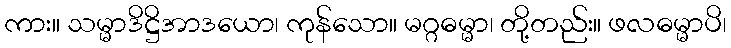
ကား။ သမ္မာဒိဋ္ဌိအာဒယော၊ ကုန်သော။ မဂ္ဂဓမ္မာ၊ တို့တည်း။ ဖလဓမ္မာပိ၊